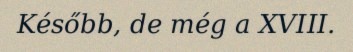
Később, de még a XVIII.